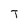
Character: T